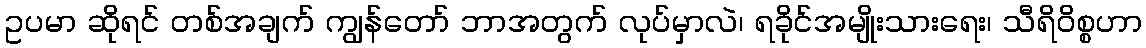
ဥပမာ ဆိုရင် တစ်အချက် ကျွန်တော် ဘာအတွက် လုပ်မှာလဲ၊ ရခိုင်အမျိုးသားရေး၊ သီရိ၀ိစ္စဟာ